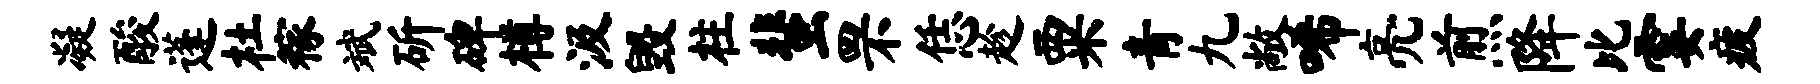
凝酸蓬杜稼斌斫碑樽汲毁柱蜚罘恁趁粟青九敞唏亮煎降比霎疲